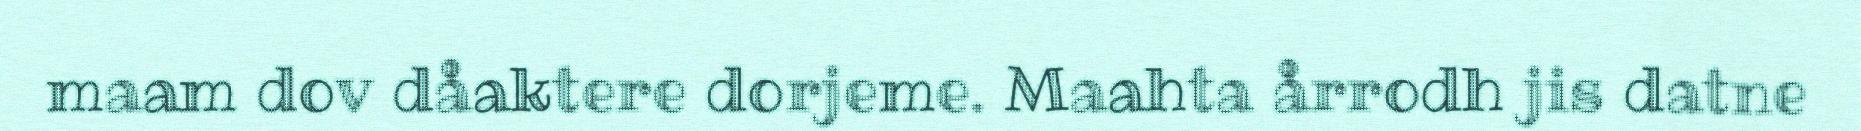
maam dov dåaktere dorjeme. Maahta årrodh jis datne